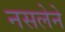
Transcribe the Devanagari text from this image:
नसलेने